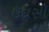
ઉદાસી